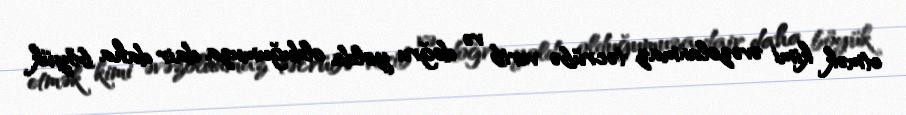
etmək kimi əvəzolunmaz təcrübə verib və doğru yolda olduğumuza dair daha böyük